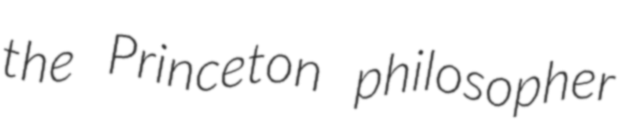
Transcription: the Princeton philosopher